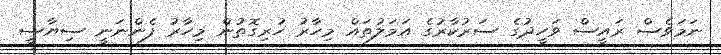
ނަމަވެސް ރައީސް ވަހީދުގެ ސަރުކާރުގެ އަމަލުތައް މިހާރު ހުރިގޮތުން މިހާރު ފެންނަނީ ސިޔާސީ